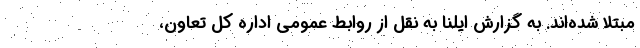
مبتلا شده‌اند. به گزارش ایلنا به نقل از روابط عمومی اداره‌ کل تعاون،